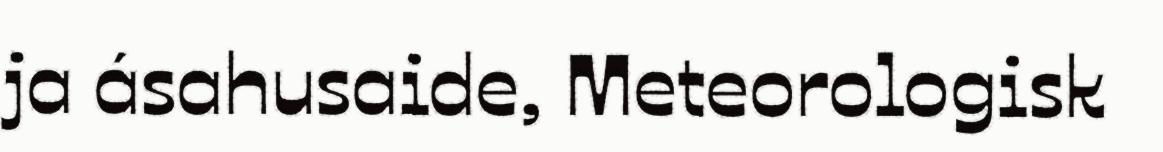
ja ásahusaide, Meteorologisk